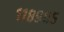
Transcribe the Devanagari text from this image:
११८९०५